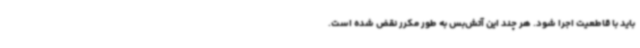
باید با قاطعیت اجرا شود. هر چند این آتش‌بس به طور مکرر نقض شده است.